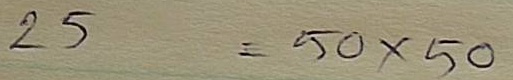
25 = 50 x 50